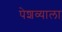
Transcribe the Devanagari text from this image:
पेशव्याला